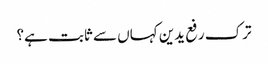
ترک رفع یدین کہاں سے ثابت ہے؟